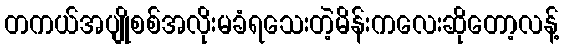
တကယ်အပျိုစစ်အလိုးမခံရသေးတဲ့မိန်းကလေးဆိုတော့လန့်